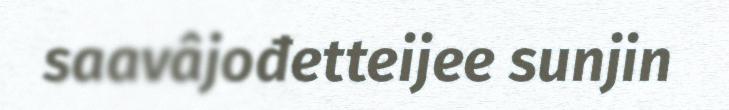
saavâjođetteijee sunjin